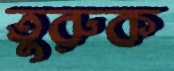
তুরুক